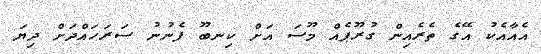
އެއާއެކު އޭގެ ތެރެއިން ގުރޫޕެއް މޫސަ އަށް ކިނބޫ ފެނުނު ސަރަހައްދަށް ދިޔަ